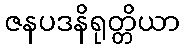
ဇနပဒနိရုတ္တိယာ